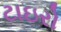
ટાઇરો